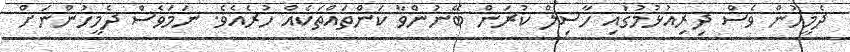
ދެމީހުން ވެސް ދިރިއުޅުމުގައި ހާސިލް ކުރަން ބޭނުންވާ ކަންތައްތަކެއް ހުރެއެވެ. ނަމަވެސް ދެމީހުންނަށް